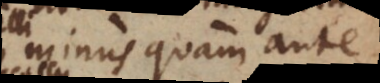
minus quam ante,